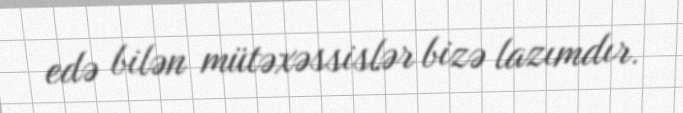
edə bilən mütəxəssislər bizə lazımdır.